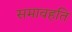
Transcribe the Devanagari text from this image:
समावहति